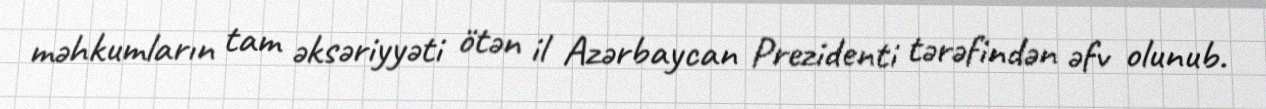
məhkumların tam əksəriyyəti ötən il Azərbaycan Prezidenti tərəfindən əfv olunub.